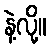
နဲ့လို့။